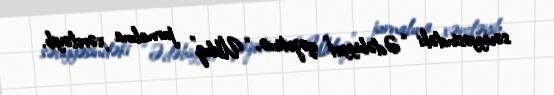
səviyyəsindəki “Ədəbiyyat” qəzetinə, “Ulduz” jurnalına xərcləyib.